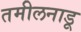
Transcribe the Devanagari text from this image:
तमीलनाडू